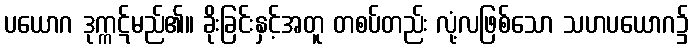
ပယောဂ ဒုက္ကဋ်မည်၏။ ခိုးခြင်းနှင့်အတူ တစပ်တည်း လုံ့လဖြစ်သော သဟပယောဂ၌